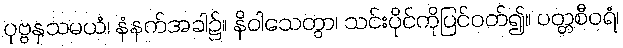
ပုဗ္ဗနှသမယံ၊ နံနက်အခါ၌။ နိဝါသေတွာ၊ သင်းပိုင်ကိုပြင်ဝတ်၍။ ပတ္တစီဝရံ၊